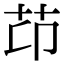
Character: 䒢